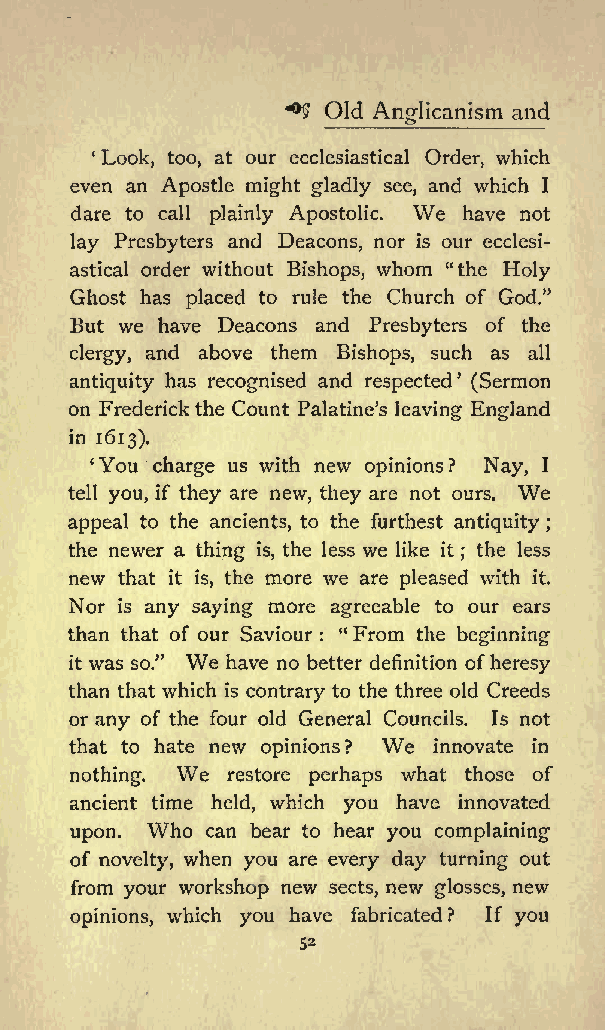
** Old Anglicanism and
 Look, too, at our ecclesiastical Order, which
 even an Apostle might gladly see, and which I
 We
 dare to call plainly Apostolic. have not
 lay Presbyters and Deacons, nor is our ecclesi
 astical order without Bishops, whom &quot;the Holy
 Ghost has placed to rule the Church of God.&quot;
 But we have Deacons and Presbyters of the
 clergy, and above them Bishops, such as all
 antiquity has recognised and respected (Sermon
 on Frederick the Count Palatines leaving England
 in 1613).
 You charge us with new opinions? Nay, I
 We
 tell you, if they are new, they are not ours.
 appeal to the ancients, to the furthest antiquity
 ;
 the newer a thing is, the less we like it ; the less
 new that it is, the more we are pleased with it.
 Nor is any saying more agreeable to our ears
 than that of our Saviour : &quot;From the beginning
 We
 it was so.&quot; have no better definition ofheresy
 than that which is contrary to the three old Creeds
 or any of the four old General Councils. Is not
 that to hate new opinions? We innovate in
 We
 nothing.  restore perhaps what those of
 ancient time held, which you have innovated
 Who
 upon.    can bear to hear you complaining
 of novelty, when you are every day turning out
 from your workshop new sects, new glosses, new
 opinions, which you have fabricated? If you
 52